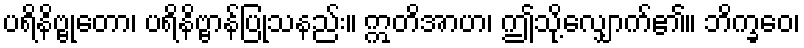
ပရိနိဗ္ဗုတော၊ ပရိနိဗ္ဗာန်ပြုသနည်း။ ဣတိအာဟ၊ ဤသို့လျှောက်၏။ ဘိက္ခဝေ၊